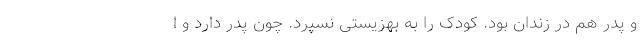
و پدر هم در زندان بود. کودک را به بهزیستی نسپرد. چون پدر دارد و ا